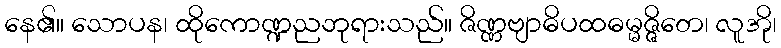
နေ၏။ သောပန၊ ထိုကောဏ္ဍညဘုရားသည်။ ဇိဏ္ဏဗျာဓိပထဓမ္မဇ္ဇိတေ၊ လူအို၊